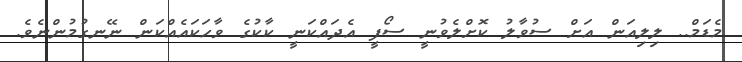
މެޑަމް.. ލިލިއަން އަށް ސުވާލު ކޮށްލެވުނީ ސޯފީ އެދައްކަނީ ކާކުގެ ވާހަކައެއްކަން ނޭނގުމުންނެވެ.